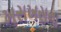
ખસખસના